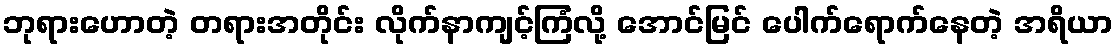
ဘုရားဟောတဲ့ တရားအတိုင်း လိုက်နာကျင့်ကြံလို့ အောင်မြင် ပေါက်ရောက်နေတဲ့ အရိယာ